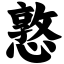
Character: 憝